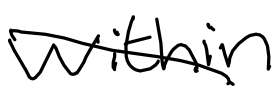
Text: within
Cross-out: diagonal
Writing tool: digital_black